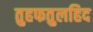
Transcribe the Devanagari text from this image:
तुहफतुलहिद